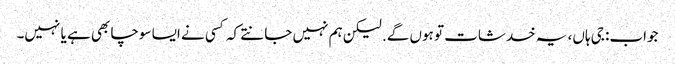
جواب: جی ہاں، یہ خدشات تو ہوں گے. لیکن ہم نہیں جانتے کہ کسی نے ایسا سوچا بھی ہے یا نہیں۔